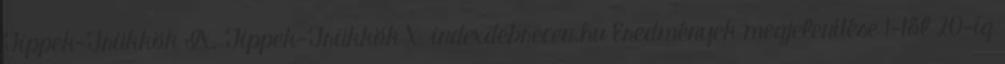
Tippek-Trükkök IX. Tippek-Trükkök X. indexdebrecen.hu Eredmények megjelenítése 1-től 20-ig